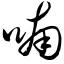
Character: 喃